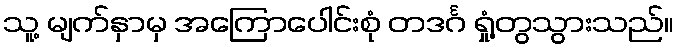
သူ့ မျက်နှာမှ အကြောပေါင်းစုံ တဒင်္ဂ ရှုံ့တွသွားသည်။